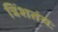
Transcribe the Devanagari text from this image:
त्रिंशतंयः